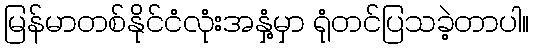
မြန်မာတစ်နိုင်ငံလုံးအနှံ့မှာ ရုံတင်ပြသခဲ့တာပါ။